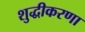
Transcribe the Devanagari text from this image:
शुद्धीकरणा